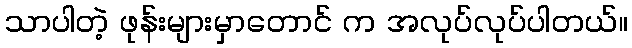
သာပါတဲ့ ဖုန်းများမှာတောင် က အလုပ်လုပ်ပါတယ်။